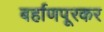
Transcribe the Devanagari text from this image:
बर्हाणपूरकर